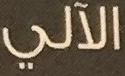
الآلي